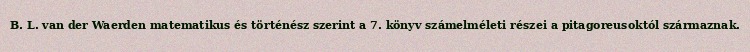
B. L. van der Waerden matematikus és történész szerint a 7. könyv számelméleti részei a pitagoreusoktól származnak.